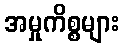
အမှုကိစ္စများ